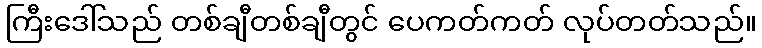
ကြီးဒေါ်သည် တစ်ချီတစ်ချီတွင် ပေကတ်ကတ် လုပ်တတ်သည်။